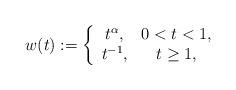
\begin{align*}w(t):= \left\{\begin{array}{cc} t^\alpha, & 0<t<1,\\ t^{-1},& t\geq 1, \end{array}\right. \end{align*}